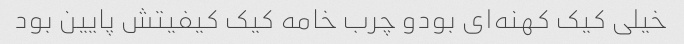
خیلی کیک کهنه‌ای بودو چرب خامه کیک کیفیتش پایین بود